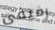
رفيقى